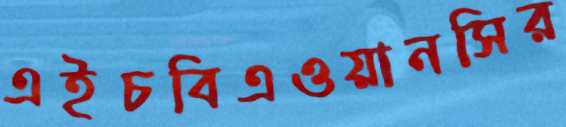
এইচবিএওয়ানসির